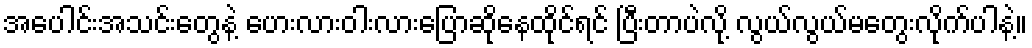
အပေါင်းအသင်းတွေနဲ့ ဟေးလားဝါးလားပြောဆိုနေထိုင်ရင် ပြီးတာပဲလို့ လွယ်လွယ်မတွေးလိုက်ပါနဲ့။